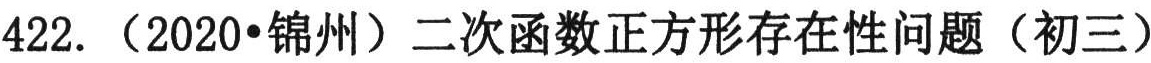
422.（2020•锦州）二次函数正方形存在性问题（初三）